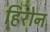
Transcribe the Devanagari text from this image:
हिरोन